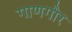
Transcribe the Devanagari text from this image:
गाणगौर